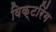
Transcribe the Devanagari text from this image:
विक्टरिंग